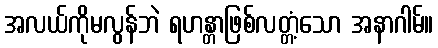
အလယ်ကိုမလွန်ဘဲ ရဟန္တာဖြစ်လတ္တံ့သော အနာဂါမ်။